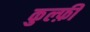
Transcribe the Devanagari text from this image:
कुल्फ़ी